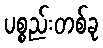
ပစ္စည်းတစ်ခု